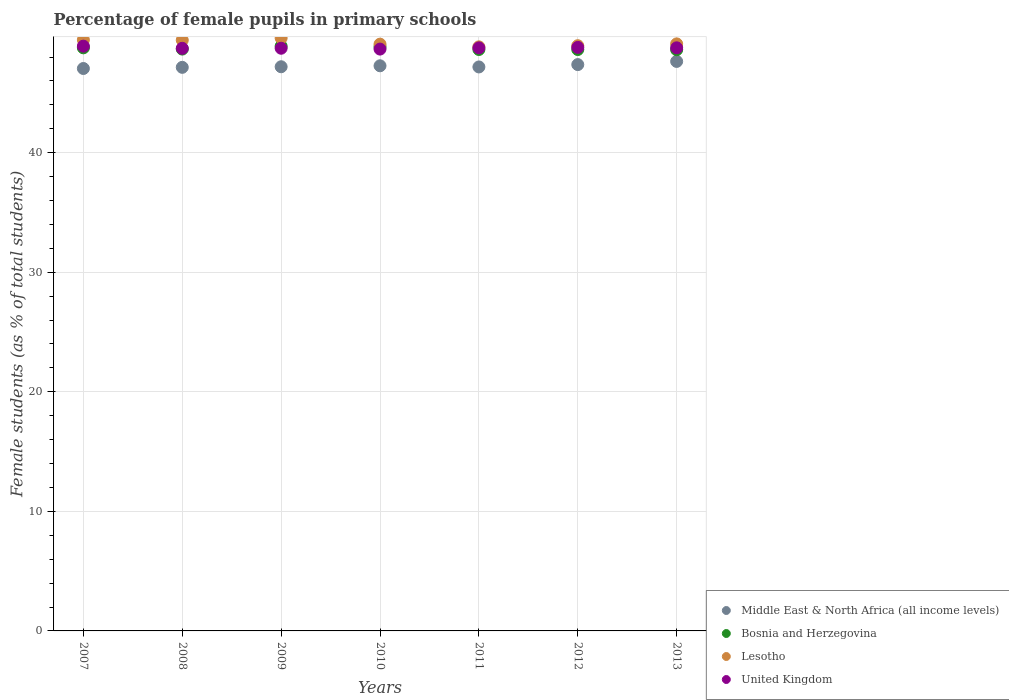
| Years | Middle East & North Africa (all income levels) | Bosnia and Herzegovina | Lesotho | United Kingdom |
 | --- | --- | --- | --- | --- |
 | 2007 | 47 | 48.8 | 49.4 | 48.9 |
 | 2008 | 47.1 | 48.7 | 49.4 | 48.7 |
 | 2009 | 47.2 | 48.9 | 49.6 | 48.7 |
 | 2010 | 47.3 | 48.9 | 49.1 | 48.7 |
 | 2011 | 47.2 | 48.6 | 48.9 | 48.8 |
 | 2012 | 47.4 | 48.6 | 49 | 48.8 |
 | 2013 | 47.6 | 48.6 | 49.1 | 48.8 |